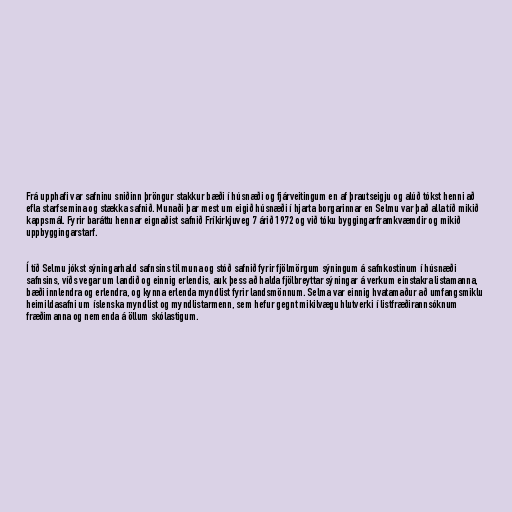
Frá upphafi var safninu sniðinn þröngur stakkur bæði í húsnæði og fjárveitingum en af þrautseigju og alúð tókst henni að
efla starfsemina og stækka safnið. Munaði þar mest um eigið húsnæði í hjarta borgarinnar en Selmu var það alla tíð mikið
kappsmál. Fyrir baráttu hennar eignaðist safnið Fríkirkjuveg 7 árið 1972 og við tóku byggingarframkvæmdir og mikið
uppbyggingarstarf.

Í tíð Selmu jókst sýningarhald safnsins til muna og stóð safnið fyrir fjölmörgum sýningum á safnkostinum í húsnæði
safnsins, víðs vegar um landið og einnig erlendis, auk þess að halda fjölbreyttar sýningar á verkum einstakra listamanna,
bæði innlendra og erlendra, og kynna erlenda myndlist fyrir landsmönnum. Selma var einnig hvatamaður að umfangsmiklu
heimildasafni um íslenska myndlist og myndlistarmenn, sem hefur gegnt mikilvægu hlutverki í listfræðirannsóknum
fræðimanna og nemenda á öllum skólastigum.